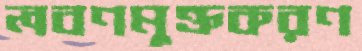
লবণমুক্তকরণ